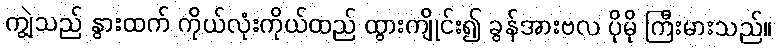
ကျွဲသည် နွားထက် ကိုယ်လုံးကိုယ်ထည် ထွားကျိုင်း၍ ခွန်အားဗလ ပိုမို ကြီးမားသည်။